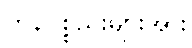
ကုန်ပစ္စည်းများအား